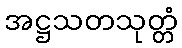
အဋ္ဌသတသုတ္တံ